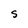
Character: S